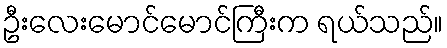
ဦးလေးမောင်မောင်ကြီးက ရယ်သည်။